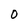
Character: O